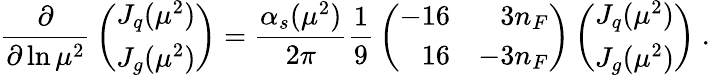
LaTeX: {\frac{\partial}{\partial\ln\mu^{2}}}\left(\begin{array}{c}{{J_{q}(\mu^{2})}}\\ {{J_{g}(\mu^{2})}}\end{array}\right)={\frac{\alpha_{s}(\mu^{2})}{2\pi}}{\frac{1}{9}}\left(\begin{array}{rr}{{-16}}&{{3n_{F}}}\\ {{16}}&{{-3n_{F}}}\end{array}\right)\left(\begin{array}{c}{{J_{q}(\mu^{2})}}\\ {{J_{g}(\mu^{2})}}\end{array}\right)\ .